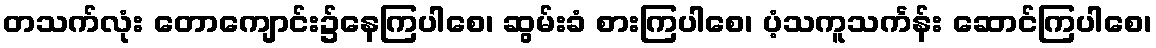
တသက်လုံး တောကျောင်း၌နေကြပါစေ၊ ဆွမ်းခံ စားကြပါစေ၊ ပံ့သကူသင်္ကန်း ဆောင်ကြပါစေ၊